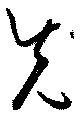
先